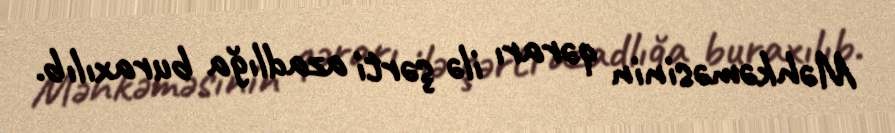
Məhkəməsinin qərarı ilə şərti azadlığa buraxılıb.